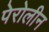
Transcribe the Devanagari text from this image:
पेरोलीन